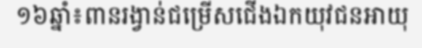
១៦ឆ្នាំ៖ពានរង្វាន់ជម្រើសជើងឯកយុវជនអាយុ